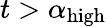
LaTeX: t>\alpha_{\mathrm{high}}